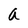
Character: a